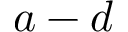
a - d